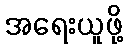
အရေးယူဖို့